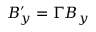
B _ { y } ^ { \prime } = \Gamma B _ { y }